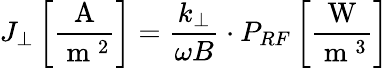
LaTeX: J_{\perp}\left[\frac{\mathrm{~A~}}{\mathrm{~m~}^{2}}\right]=\frac{k_{\perp}}{\omega B}\cdot P_{RF}\left[\frac{\mathrm{~W~}}{\mathrm{~m~}^{3}}\right]